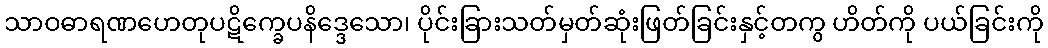
သာဝဓာရဏဟေတုပဋိက္ခေပနိဒ္ဒေသော၊ ပိုင်းခြားသတ်မှတ်ဆုံးဖြတ်ခြင်းနှင့်တကွ ဟိတ်ကို ပယ်ခြင်းကို